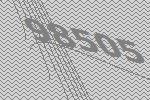
98505